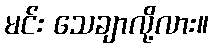
မင်း သေချာလို့လား။